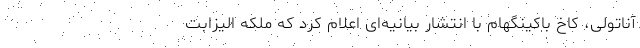
آناتولی، کاخ باکینگهام با انتشار بیانیه‌ای اعلام کرد که ملکه الیزابت